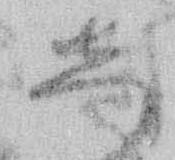
し